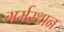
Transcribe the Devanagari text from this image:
गर्मस्थान